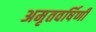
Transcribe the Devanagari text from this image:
अमृतवर्षिणी